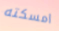
امسكته